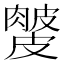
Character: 𥀙